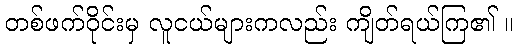
တစ်ဖက်ဝိုင်းမှ လူငယ်များကလည်း ကျိတ်ရယ်ကြ၏ ။